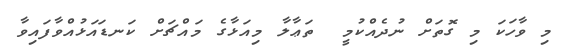
މި ވާހަކަ މި ގޮތަށް ނުދެއްކުމީ  ތަޢާލާ މިއަޅާގެ މައްޗަށް ކަނޑައަޅުއްވާފައިވާ